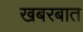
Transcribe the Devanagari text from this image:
खबरबात